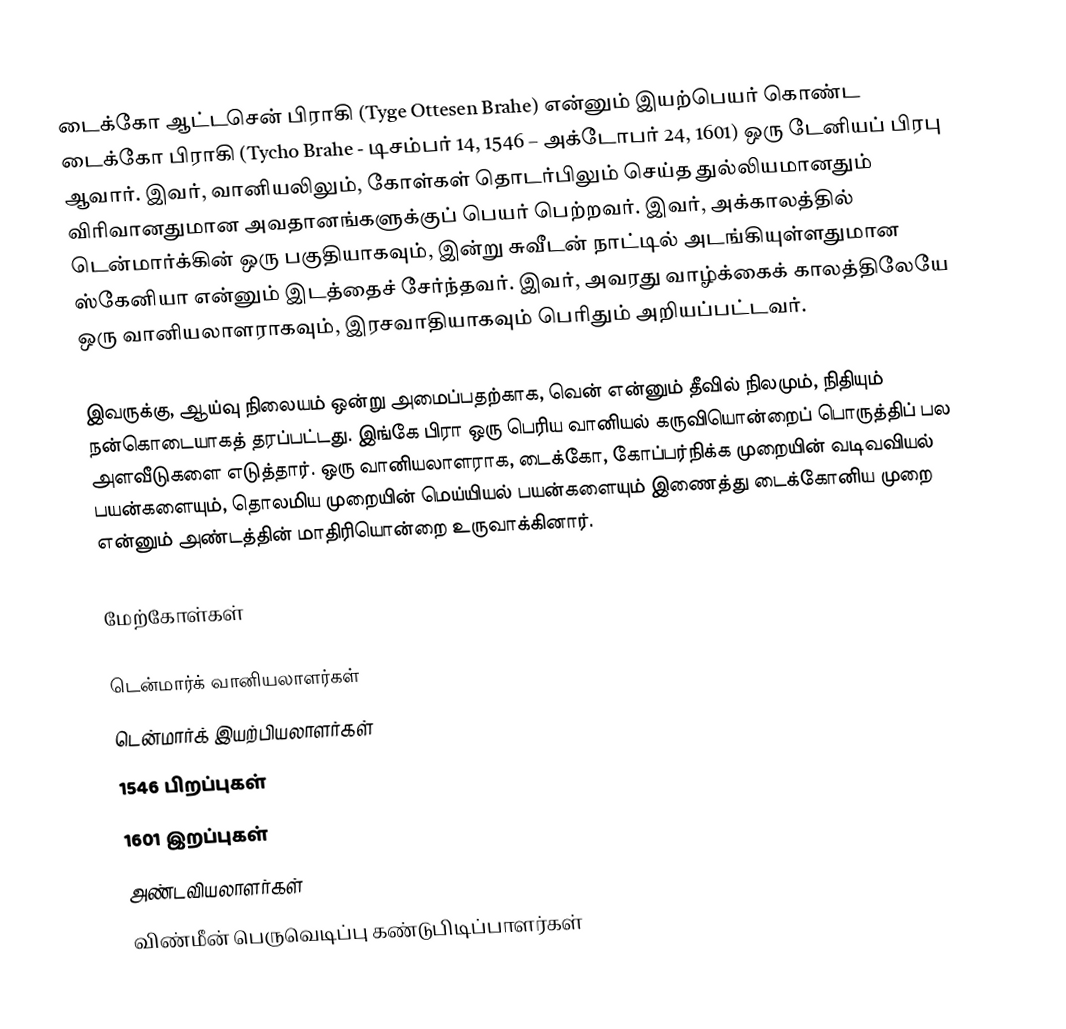
டைக்கோ ஆட்டசென் பிராகி (Tyge Ottesen Brahe) என்னும் இயற்பெயர் கொண்ட டைக்கோ பிராகி (Tycho Brahe - டிசம்பர் 14, 1546 – அக்டோபர் 24, 1601) ஒரு டேனியப் பிரபு ஆவார். இவர், வானியலிலும், கோள்கள் தொடர்பிலும் செய்த துல்லியமானதும் விரிவானதுமான அவதானங்களுக்குப் பெயர் பெற்றவர். இவர், அக்காலத்தில் டென்மார்க்கின் ஒரு பகுதியாகவும், இன்று சுவீடன் நாட்டில் அடங்கியுள்ளதுமான ஸ்கேனியா என்னும் இடத்தைச் சேர்ந்தவர். இவர், அவரது வாழ்க்கைக் காலத்திலேயே ஒரு வானியலாளராகவும், இரசவாதியாகவும் பெரிதும் அறியப்பட்டவர்.

இவருக்கு, ஆய்வு நிலையம் ஒன்று அமைப்பதற்காக, வென் என்னும் தீவில் நிலமும், நிதியும் நன்கொடையாகத் தரப்பட்டது. இங்கே பிரா ஒரு பெரிய வானியல் கருவியொன்றைப் பொருத்திப் பல அளவீடுகளை எடுத்தார். ஒரு வானியலாளராக, டைக்கோ, கோப்பர்நிக்க முறையின் வடிவவியல் பயன்களையும், தொலமிய முறையின் மெய்யியல் பயன்களையும் இணைத்து டைக்கோனிய முறை என்னும் அண்டத்தின் மாதிரியொன்றை உருவாக்கினார்.

மேற்கோள்கள்

டென்மார்க் வானியலாளர்கள்
டென்மார்க் இயற்பியலாளர்கள்
1546 பிறப்புகள்
1601 இறப்புகள்
அண்டவியலாளர்கள்
விண்மீன் பெருவெடிப்பு கண்டுபிடிப்பாளர்கள்